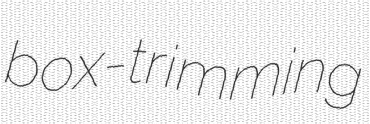
box-trimming